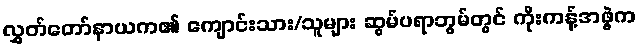
လွှတ်တော်နာယက၏ ကျောင်းသား/သူများ ဆွမ်ပရာဘွမ်တွင် ကိုးကန့်အဖွဲ့က